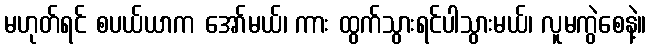
မဟုတ်ရင် စပယ်ယာက အော်မယ်၊ ကား ထွက်သွားရင်ပါသွားမယ်၊ လူမကွဲစေနဲ့။